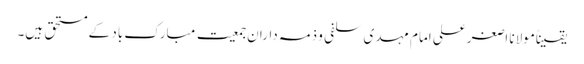
یقیناًمولانا اصغرعلی امام مہدی سلفی و ذمہ داران جمعیت مبارک باد کے مستحق ہیں۔